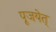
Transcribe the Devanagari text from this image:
पूजयेत्